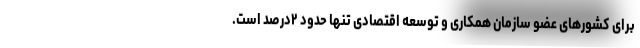
برای کشورهای عضو سازمان همکاری و توسعه اقتصادی تنها حدود ۲درصد است.